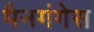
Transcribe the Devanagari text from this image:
पैनगंगेस